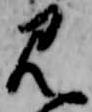
見